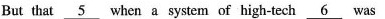
But that \underline{5} when a system of high-tech \underline{6} was